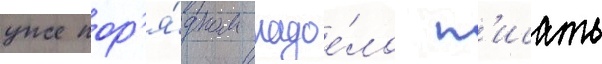
уже пор'я́дком надое́ло п'исать